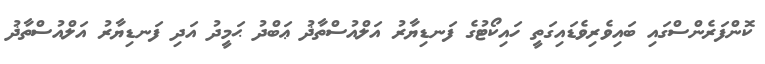
ކޮންފަރެންސްގައި ބައިވެރިވެޑައިގަތީ ހައިކޯޓުގެ ފަނޑިޔާރު އަލްއުސްތާޛު ޢަބްދު ޙަމީދު އަދި ފަނޑިޔާރު އަލްއުސްތާޛު